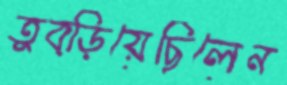
তুব্‌ড়িয়েছিলেন